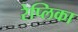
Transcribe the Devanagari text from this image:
रेप्लिका